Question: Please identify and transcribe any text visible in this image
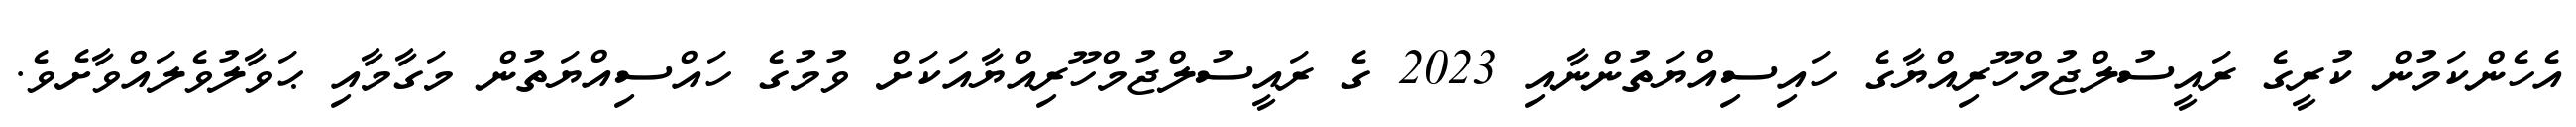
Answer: އެހެންކަމުން ކުރީގެ ރައީސުލްޖުމްހޫރިއްޔާގެ ހައިސިއްޔަތުންނާއި 2023 ގެ ރައީސުލްޖުމްހޫރިއްޔާއަކަށް ވުމުގެ ހައްސިއްޔަތުން މަގާމާއި ޙަވާލުވެލައްވާށެވެ.